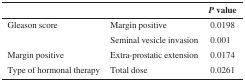
<table><thead><tr><td></td><td></td><td><b><i>P</i> value</b></td></tr></thead><tbody><tr><td>Gleason score</td><td>Margin positive</td><td>0.0198</td></tr><tr><td></td><td>Seminal vesicle invasion</td><td>0.001</td></tr><tr><td>Margin positive</td><td>Extra-prostatic extension</td><td>0.0174</td></tr><tr><td>Type of hormonal therapy</td><td>Total dose</td><td>0.0261</td></tr></tbody></table>